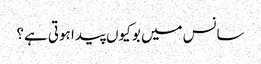
سانس میں بو کیوں پیدا ہوتی ہے؟